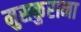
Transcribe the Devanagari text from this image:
मुसकुराना